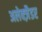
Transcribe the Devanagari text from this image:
अलेक्ज़ैडर